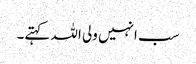
سب انہیں ولی اللہ کہتے۔